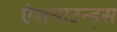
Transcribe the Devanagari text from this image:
ऐशमाउन्ड्स